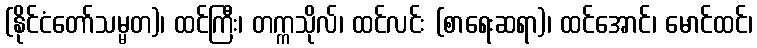
(နိုင်ငံတော်သမ္မတ)၊ ထင်ကြီး၊ တက္ကသိုလ်၊ ထင်လင်း (စာရေးဆရာ)၊ ထင်အောင်၊ မောင်ထင်၊